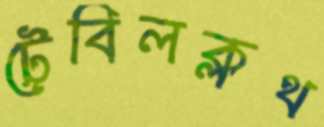
টেবিলক্লথ